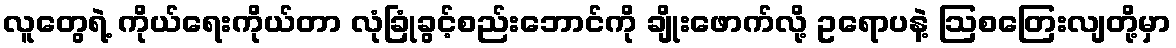
လူတွေရဲ့ ကိုယ်ရေးကိုယ်တာ လုံခြုံခွင့်စည်းဘောင်ကို ချိုးဖောက်လို့ ဥရောပနဲ့ ဩစတြေးလျတို့မှာ